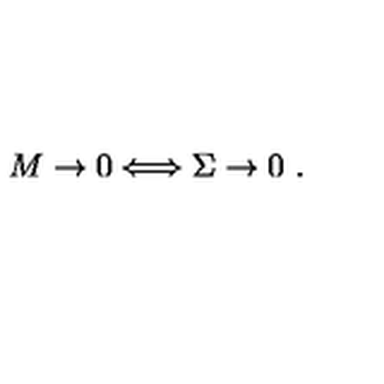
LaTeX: M \rightarrow 0 \Longleftrightarrow \Sigma \rightarrow 0 \ .